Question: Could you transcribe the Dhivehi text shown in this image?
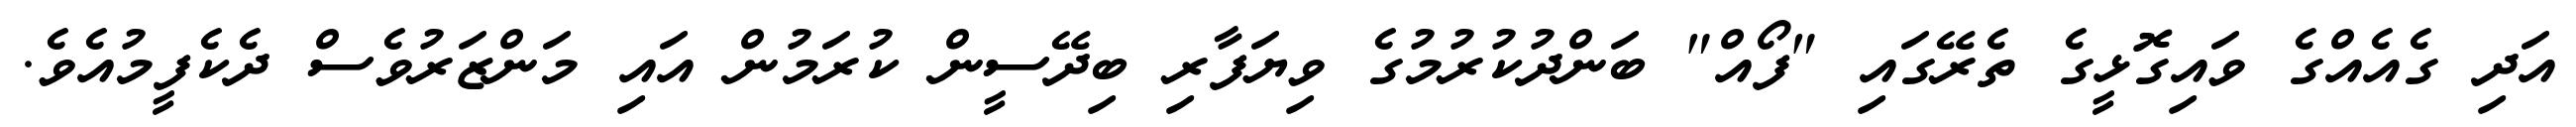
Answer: އަދި ގެއެއްގެ ވައިގޮޅީގެ ތެރޭގައި "ފޯއް" ބަންދުކުރުމުގެ ވިޔަފާރި ބިދޭސީން ކުރަމުން އައި މަންޒަރުވެސް ދެކެފީމުއެވެ.